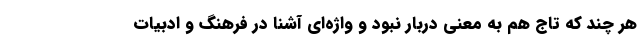
هر چند که تاج هم به معنی دربار نبود و واژه‌ای آشنا در فرهنگ و ادبیات